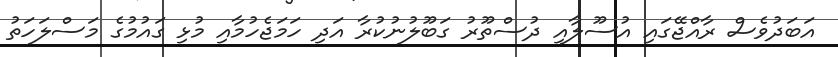
އަބަދުވެސް ރާއްޖޭގައި އުސޫލާއި ދުސްތޫރު ގަބޫލުނުކުރާ އަދި ހަމަޖެހުމާއި މުޅި ގައުމުގެ މަސްލަހަތު